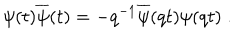
LaTeX: \psi ( t ) \overline { { { \psi } } } ( t ) = - q ^ { - 1 } \overline { { { \psi } } } ( q t ) \psi ( q t ) \; .